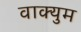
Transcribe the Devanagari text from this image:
वाक्युम